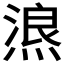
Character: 𱫸